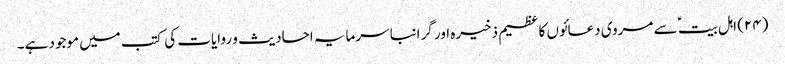
(۲۴) اہل بیت ؑ سے مروی دعائوں کا عظیم ذخیرہ اور گرانبا سرمایہ احادیث و روایات کی کتب میں موجود ہے۔